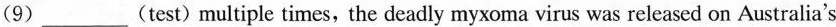
(9)___(test)multiple times, the deadly myxoma virus was released on Australia's